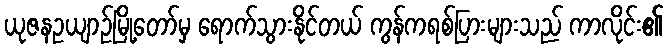
ယုဇနဥယျာဉ်မြို့တော်မှ ရောက်သွားနိုင်တယ် ကွန်ကရစ်ပြားများသည် ကာလိုင်း၏